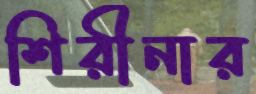
শিরীনার